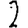
Digit: 2